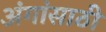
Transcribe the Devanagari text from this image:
अंगांसाठी